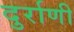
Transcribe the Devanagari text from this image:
दुर्राणी